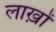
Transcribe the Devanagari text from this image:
लाख़ों